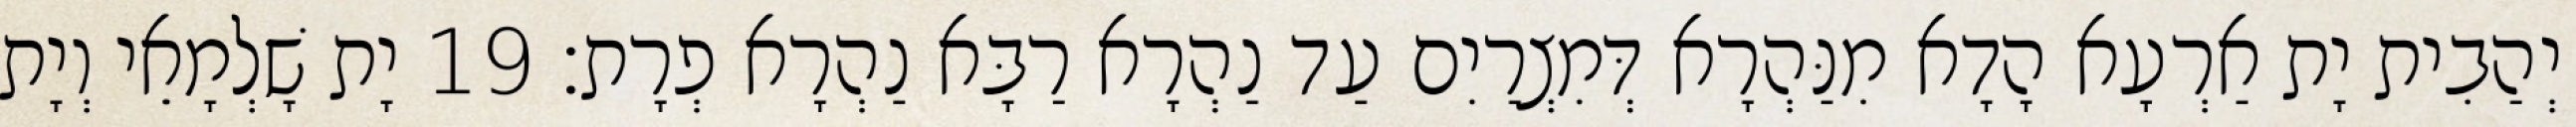
יְהַבִית יָת אַרְעָא הָדָא מִנַּהְרָא דְּמִצְרַיִם עַד נַהְרָא רַבָּא נַהְרָא פְרָת׃ 19 יָת שָׁלְמָאֵי וְיָת